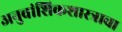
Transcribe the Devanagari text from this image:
अनुवांशिकशास्त्राचा